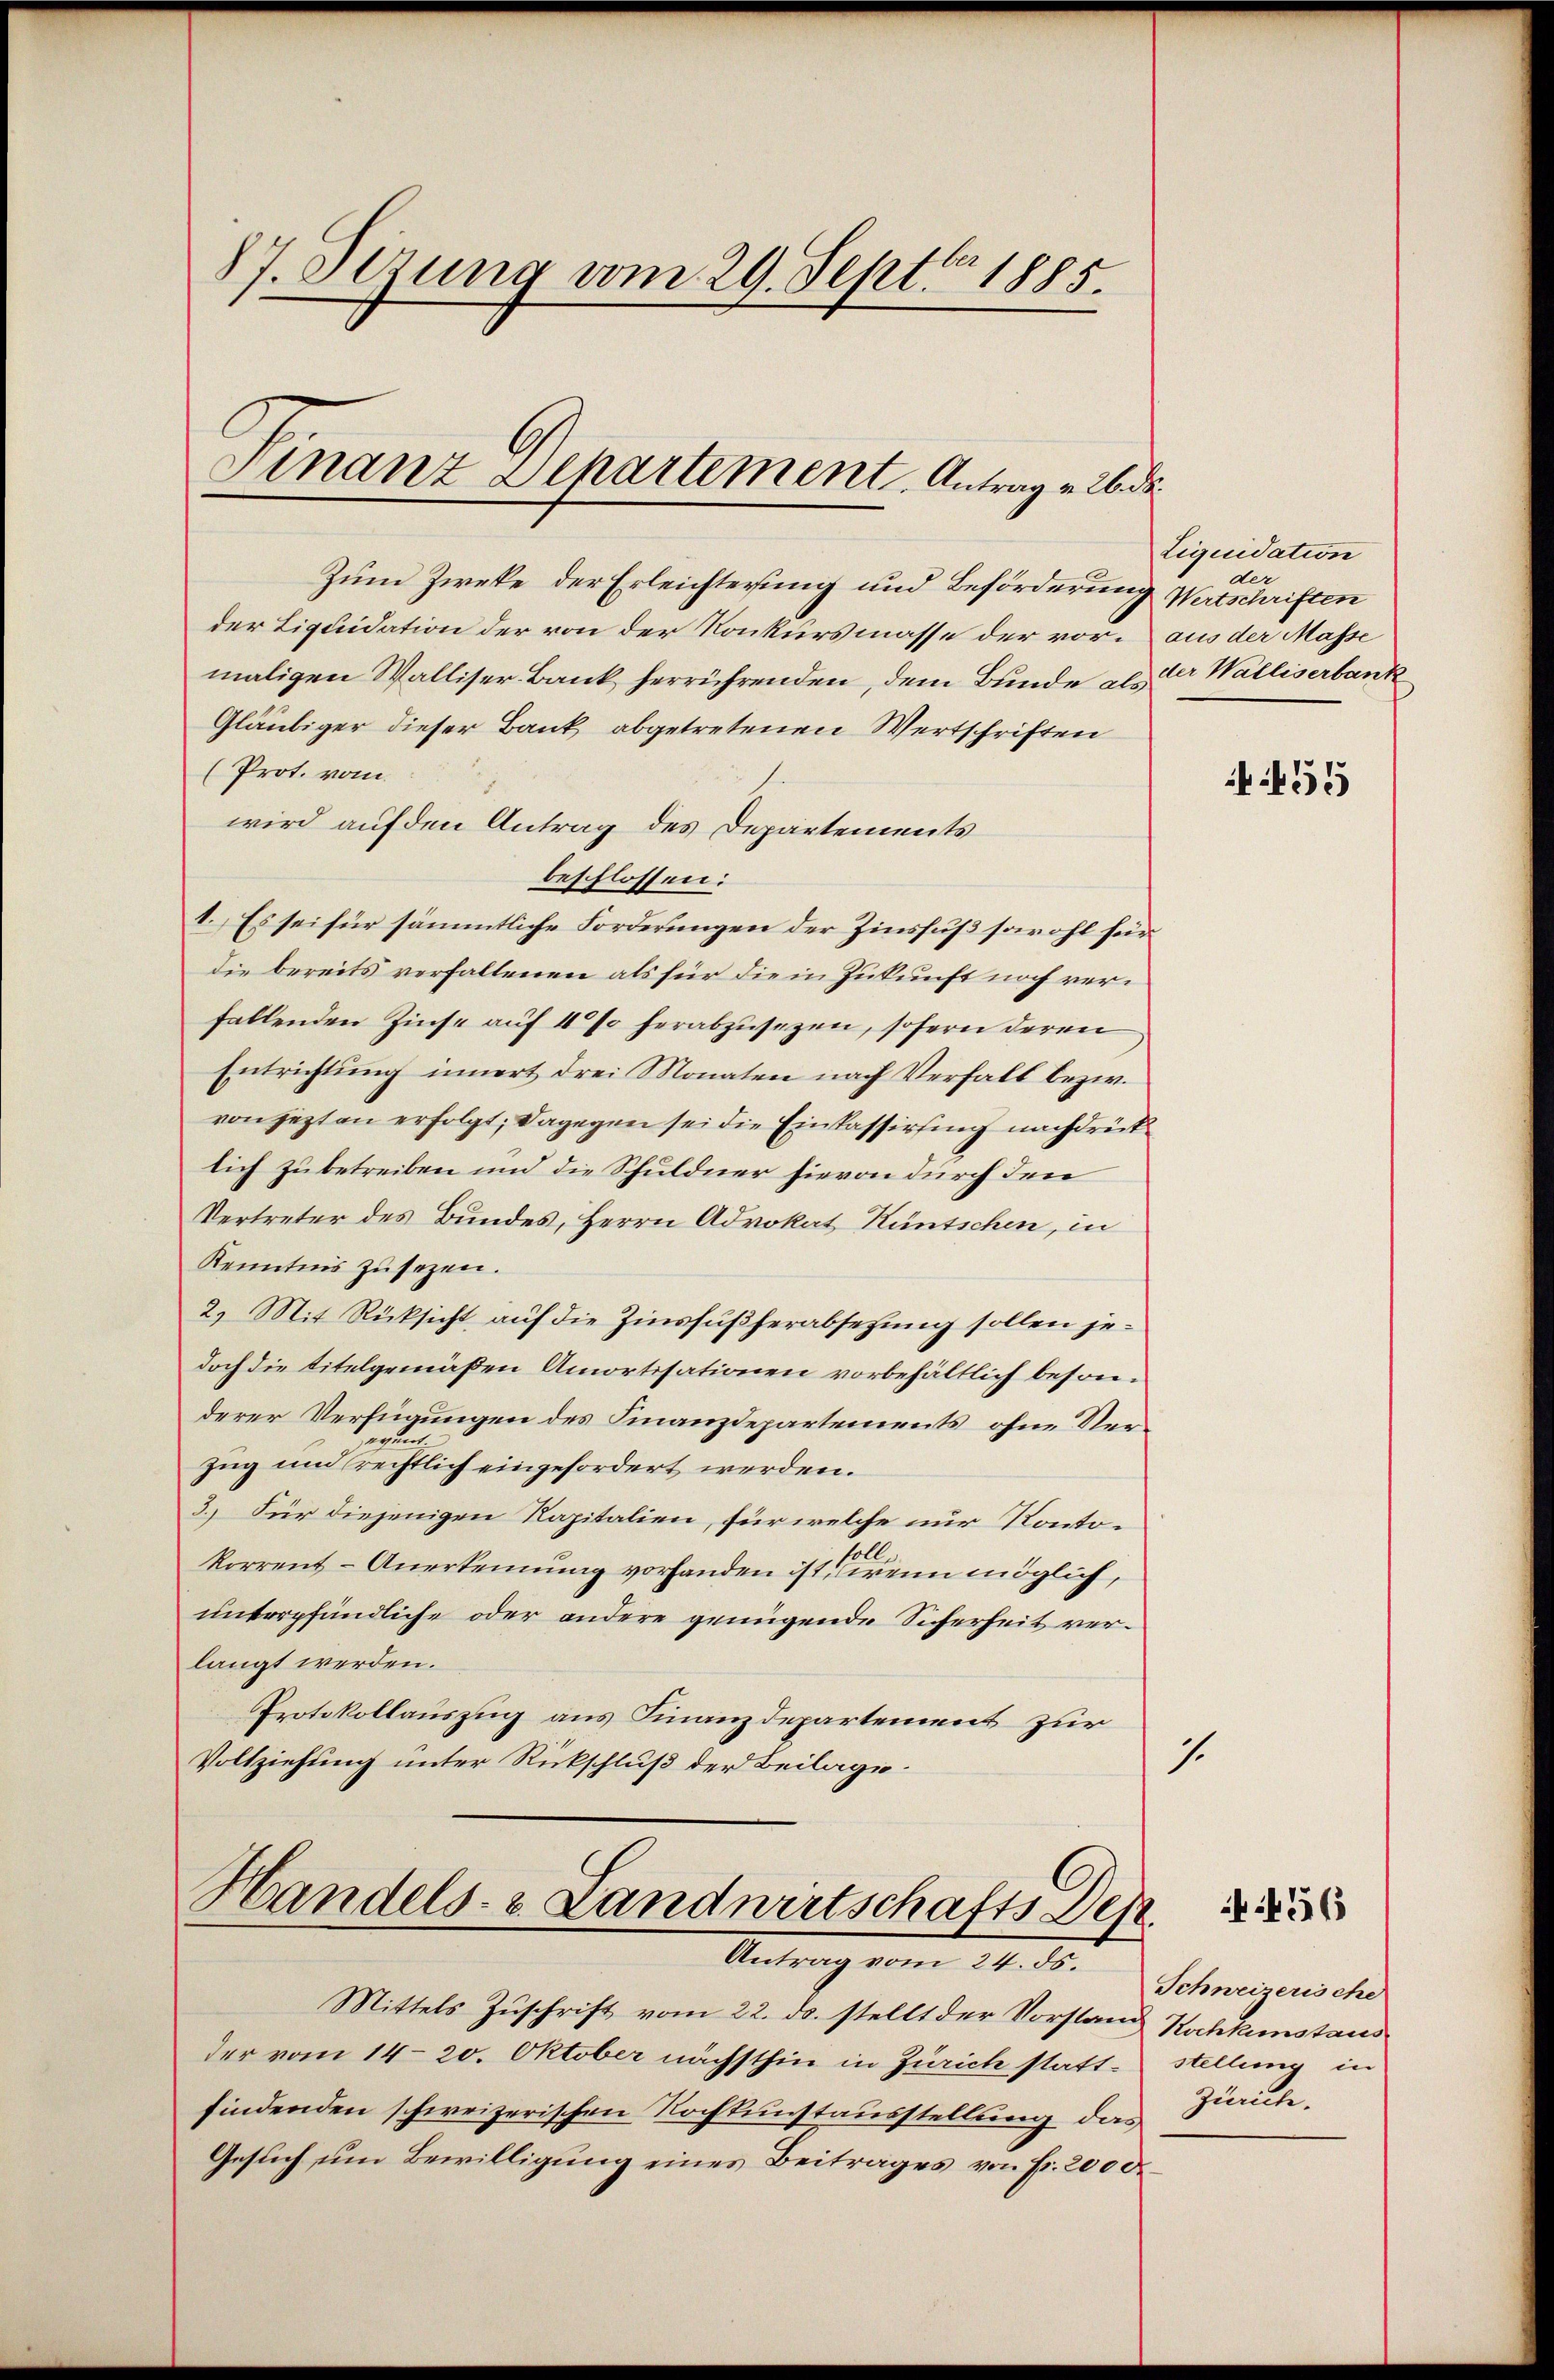
87. Ottung vom 29. Sept. 1885.

Finanz Departement Antrag v. 26 de

Zum Zwecke der Erleichterung und Beförderung Wertschriften
der Liquidation der von der Konkursmasse der vor. aus der Masse
maligen Walliser Bank herrührenden, dem Bunde als der Walliserbank
Gläubiger dieser Bank abgetretenen Wertschriften
(Prot. vom
wird auf den Antrag des Departements
beschlossen:
1. Es sei für sämmtliche Forderungen der Zinsfuß sowohl für
die bereits verfallenen als für die in Zukunft noch verfallenden Zinse auf 4 % herabzusezen, sofern deren
Entrichtung innert drei Monaten nach Verfall bezw.
von jezt an erfolgt; dagegen sei die Einkassirung nachdrücklich zu betreiben und die Schuldner hievon durch den
Vertreter des Bundes, Herrn Advokat Küntschen, in
Kenntnis zu sezen.
2) Mit Rücksicht auf die Zinsfuß herabsetzung sollen jedoch die titelgemäßen Amortisationen vorbehältlich besonderer Verfügungen des Finanzdepartements ohne Verwun
zug und rechtlich eingefordert werden.
3.) Für diejenigen Kapitalien, für welche nur Kontokorrent- Anerkennung vorhanden ist, wenn möglich,
unterpfändliche oder andere genügende Sicherheit verlangt werden.
Protokollauszug aus Finanzdepartement zur
1.
Vollziehung unter Rückschluß der Beilage.

Handels- u. Landwirtschafts Dep
Am 4. ds. Schweizerischer

Mittels Zuschrift vom 22. ds. stellt der Vorstand Kochkunstaus
der vom 14. 20. Oktober nächsthin in Zürich stattfindenden schweizerischen Nochkunstausstellung das
Gesuch um Bewilligung eines Beitrages von Fr. 2000.

Liquidation
der

455

stellung in
Zürich.